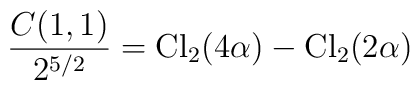
{C(1,1)\over2^{5/2}}={\rm Cl}_2(4\alpha)-{\rm Cl}_2(2\alpha)